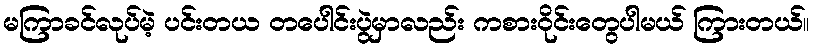
မကြာခင်လုပ်မဲ့ ပင်းတယ တပေါင်းပွဲမှာလည်း ကစားဝိုင်းတွေပါမယ် ကြားတယ်။